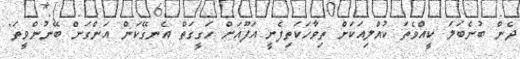
ދެން ބުނެބަލަ ކީއްވެތަ ކުއްލިއަކަށް ތިވާހަކަތިފެށީ އަފޫއަށް ހަގީގަތް އެނގޭކަން އަންގަން ބޭނުންވީތަ"